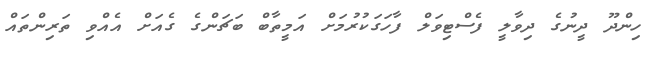
ހިންދޫ ދީނުގެ ދިވާލީ ފެސްޓިވަލް ފާހަގަކުރުމަށް އަމީތާބް ބަޗަންގެ ގެއަށް އެއްވި ތަރިންތައް